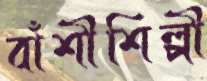
বাঁশীশিল্পী